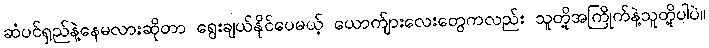
ဆံပင်ရှည်နဲ့နေမလားဆိုတာ ရွေးချယ်နိုင်ပေမယ့် ယောက်ျားလေးတွေကလည်း သူတို့အကြိုက်နဲ့သူတို့ပါပဲ။